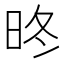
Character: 昸